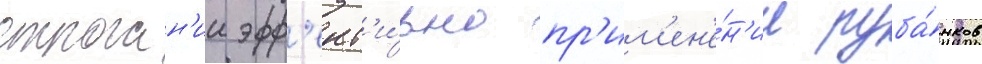
строган'ии эфф'ект'и́вно пр'им'ен'е́н'ие руба́нков